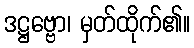
ဒဋ္ဌဗ္ဗော၊ မှတ်ထိုက်၏။